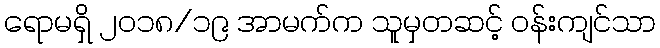
ရောမရှိ ၂၀၁၈/၁၉ အာမက်က သူမှတဆင့် ဝန်းကျင်သာ